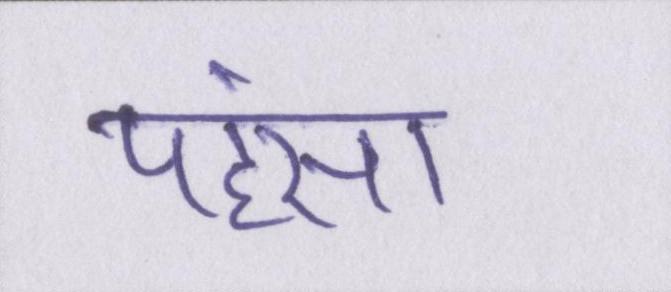
पहंसा